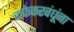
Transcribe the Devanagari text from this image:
चाफेकरबंधूंना